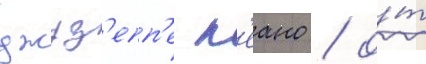
джуз'епп'е п'еано / о́т